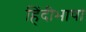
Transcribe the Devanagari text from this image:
हिंदीभाषा